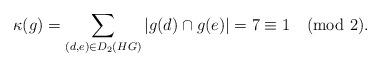
LaTeX: \begin{align*}\kappa(g)=\sum_{(d,e)\in D_{2}(HG)}|g(d)\cap g(e)|=7\equiv 1\pmod 2.\end{align*}